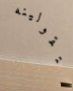
ستقولينه